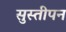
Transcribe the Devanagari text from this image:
सुस्तीपन